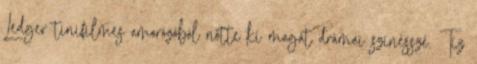
Ledger tinifilmes amorózóból nőtte ki magát drámai színésszé. Tíz